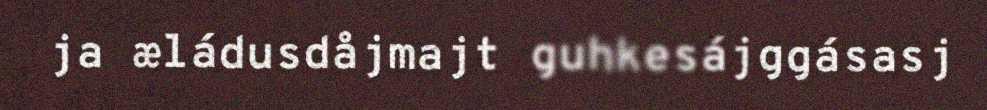
ja æládusdåjmajt guhkesájggásasj